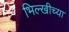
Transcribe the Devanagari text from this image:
भिल्खीच्या